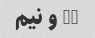
11 و نیم